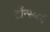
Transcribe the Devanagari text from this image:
टॉन्सबर्ग